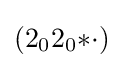
(2_{0}2_{0}{*}{\cdot })